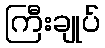
ကြီးချုပ်